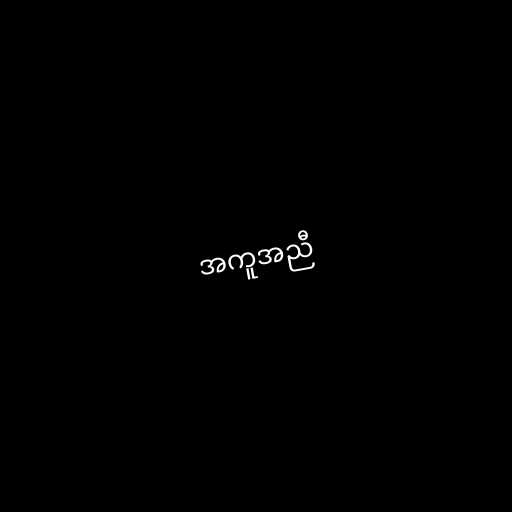
အကူအညီ